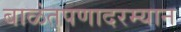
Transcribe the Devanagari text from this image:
बाळंतपणादरम्यान